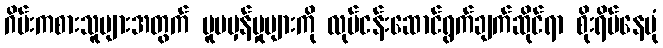
ဂိမ်းကစားသူများအတွက် မူမမှန်မှုများကို လုပ်ငန်းဆောင်ရွက်ချက်ဆိုင်ရာ စိုးရိမ်နေပုံ